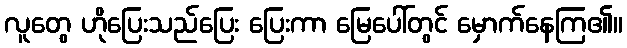
လူတွေ ဟိုပြေးသည်ပြေး ပြေးကာ မြေပေါ်တွင် မှောက်နေကြ၏။